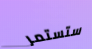
ستستمر